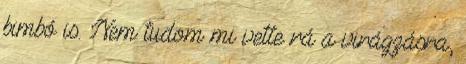
bimbó is. Nem tudom mi vette rá a virágzásra,